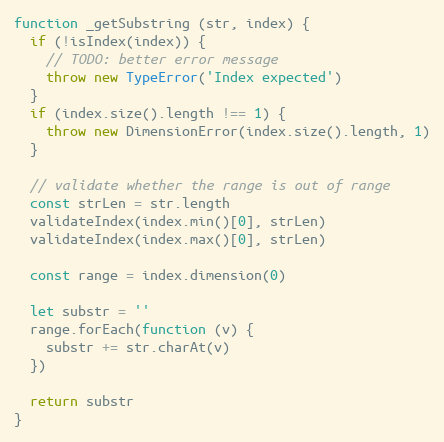
Language: JavaScript
function _getSubstring (str, index) {
  if (!isIndex(index)) {
    // TODO: better error message
    throw new TypeError('Index expected')
  }
  if (index.size().length !== 1) {
    throw new DimensionError(index.size().length, 1)
  }

  // validate whether the range is out of range
  const strLen = str.length
  validateIndex(index.min()[0], strLen)
  validateIndex(index.max()[0], strLen)

  const range = index.dimension(0)

  let substr = ''
  range.forEach(function (v) {
    substr += str.charAt(v)
  })

  return substr
}